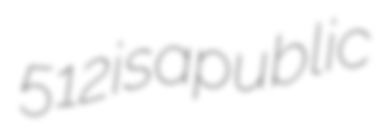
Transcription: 512 is a public